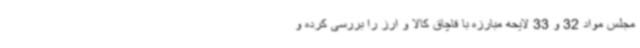
مجلس مواد 32 و 33 لایحه مبارزه با قاچاق کالا و ارز را بررسی کرده و